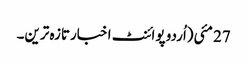
27 مئی(اُردو پوائنٹ اخبارتازہ ترین۔